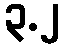
၃.၂